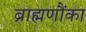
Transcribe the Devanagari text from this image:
ब्राह्मणौंका